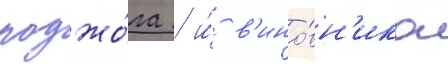
поджо́га / и́ в'ино́вн'ика